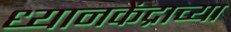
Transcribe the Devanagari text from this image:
ध्यानकेंद्राच्या